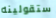
ستقولينه